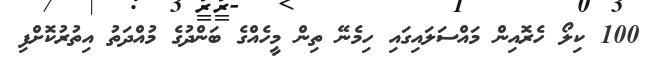
100 ކިލޯ ހެރޮއިން މައްސަލައިގައި ހިމެނޭ ތިން މީހެއްގެ ބަންދުގެ މުއްދަތު އިތުރުކޮށްފި